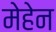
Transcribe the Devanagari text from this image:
मेहेन